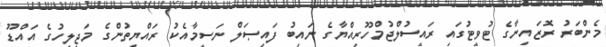
މެންބަރު ރޮޒައިނާގެ ޓުވީޓުގައި ރައީސުލްޖުމްހޫރިއްޔާގެ ނައިބު ފައިޞަލް ނަސީމާއެކު ރައްޔިތުންގެ މަޖިލީހުގެ އައްޑޫ